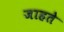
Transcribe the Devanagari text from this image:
जाहते